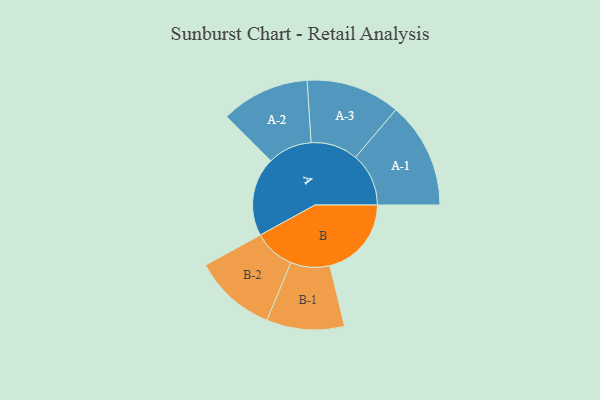
{"axis": {"x": "Segment", "y": "Value"}, "legend": ["", "A", "B"], "data": [{"x": "A", "y": 411, "type": ""}, {"x": "B", "y": 425, "type": ""}, {"x": "A-1", "y": 277, "type": "A"}, {"x": "A-2", "y": 231, "type": "A"}, {"x": "A-3", "y": 245, "type": "A"}, {"x": "B-1", "y": 203, "type": "B"}, {"x": "B-2", "y": 215, "type": "B"}]}